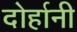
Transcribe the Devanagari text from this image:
दोर्हानी